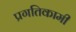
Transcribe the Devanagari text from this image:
प्रगतिकामी